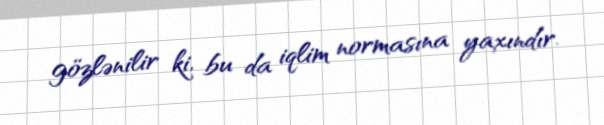
gözlənilir ki, bu da iqlim normasına yaxındır.